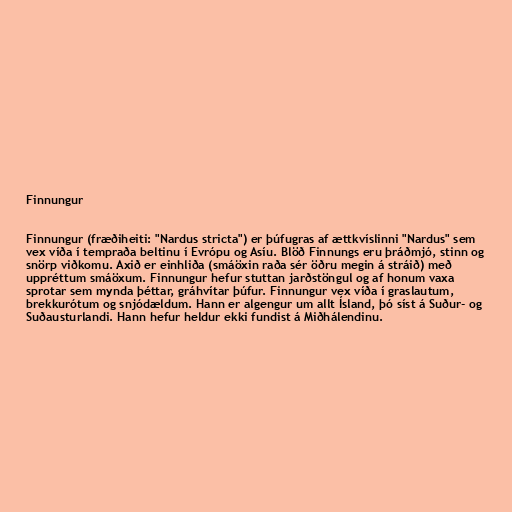
Finnungur

Finnungur (fræðiheiti: "Nardus stricta") er þúfugras af ættkvíslinni "Nardus" sem
vex víða í tempraða beltinu í Evrópu og Asíu. Blöð Finnungs eru þráðmjó, stinn og
snörp viðkomu. Axið er einhliða (smáöxin raða sér öðru megin á stráið) með
uppréttum smáöxum. Finnungur hefur stuttan jarðstöngul og af honum vaxa
sprotar sem mynda þéttar, gráhvítar þúfur. Finnungur vex víða í graslautum,
brekkurótum og snjódældum. Hann er algengur um allt Ísland, þó síst á Suður- og
Suðausturlandi. Hann hefur heldur ekki fundist á Miðhálendinu.